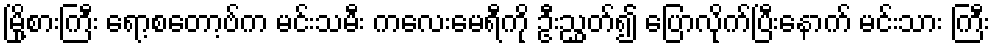
မြို့စားကြီး ရော့စတော့ဗ်က မင်းသမီး ကလေးမေရီကို ဦးညွှတ်၍ ပြောလိုက်ပြီးနောက် မင်းသား ကြီး